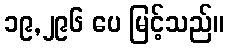
၁၉,၂၉၆ ပေ မြင့်သည်။